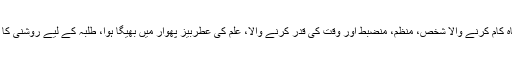
بے پناہ کام کرنے والا شخص، منظم، منضبط اور وقت کی قدر کرنے والا، علم کی عطربیز پھوار میں بھیگا ہوا، طلبہ کے لیے روشنی کا مینار۔